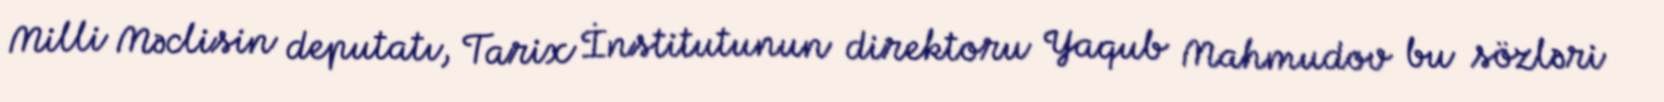
Milli Məclisin deputatı, Tarix İnstitutunun direktoru Yaqub Mahmudov bu sözləri